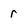
Character: r